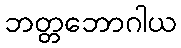
ဘတ္တဘောဂါယ